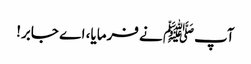
آپﷺ نے فرمایا، اے جابر!